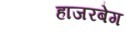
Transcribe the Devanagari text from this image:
हाजरबेग